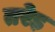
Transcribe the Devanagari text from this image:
तरेड़